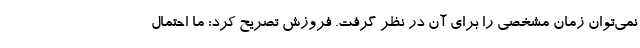
نمی‌توان زمان مشخصی را برای آن در نظر گرفت. فروزش تصریح کرد: ما احتمال